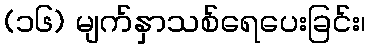
(၁၆) မျက်နှာသစ်ရေပေးခြင်း၊